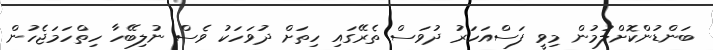
ބަންޑުންކޮށްލުމުން މިވީ ފަސްއަހަރު ދުވަސް ތެރޭގައި ހިތަށް ދުވަހަކު ވެސް ނުލިބޭހާ ހިތްހަމަޖެހުން